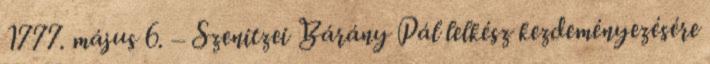
1777. május 6. – Szenitzei Bárány Pál lelkész kezdeményezésére